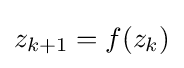
z_{k+1}=f(z_{k})